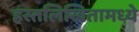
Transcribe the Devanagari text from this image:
हस्तलिखितामध्ये